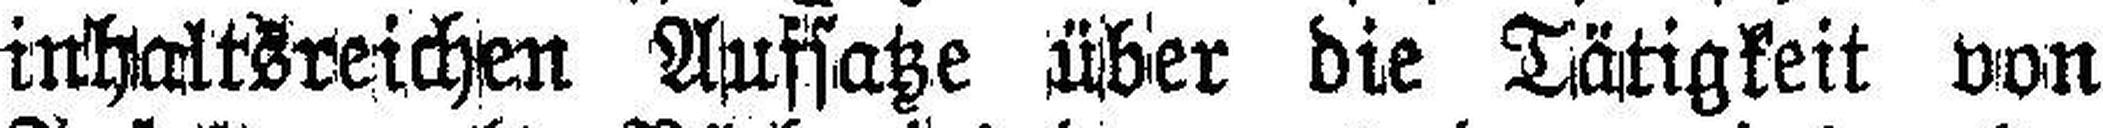
inhaltsreichen Aufsätze über die Tätigkeit von